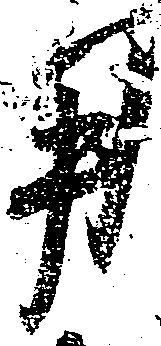
用